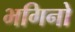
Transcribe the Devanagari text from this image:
भगिनो